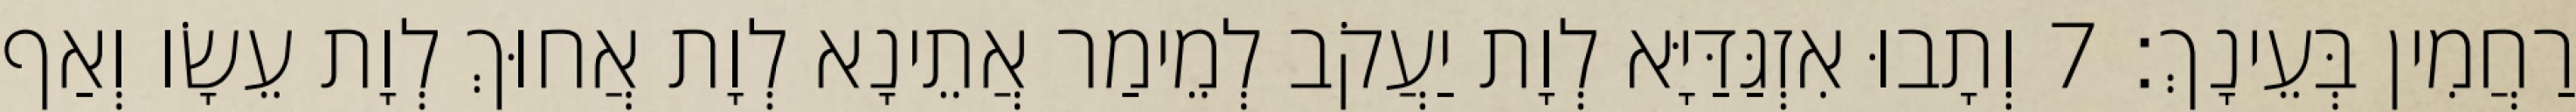
רַחֲמִין בְּעֵינָךְ׃ 7 וְתָבוּ אִזְגַּדַּיָּא לְוָת יַעֲקֹב לְמֵימַר אֲתֵינָא לְוָת אֲחוּךְ לְוָת עֵשָׂו וְאַף